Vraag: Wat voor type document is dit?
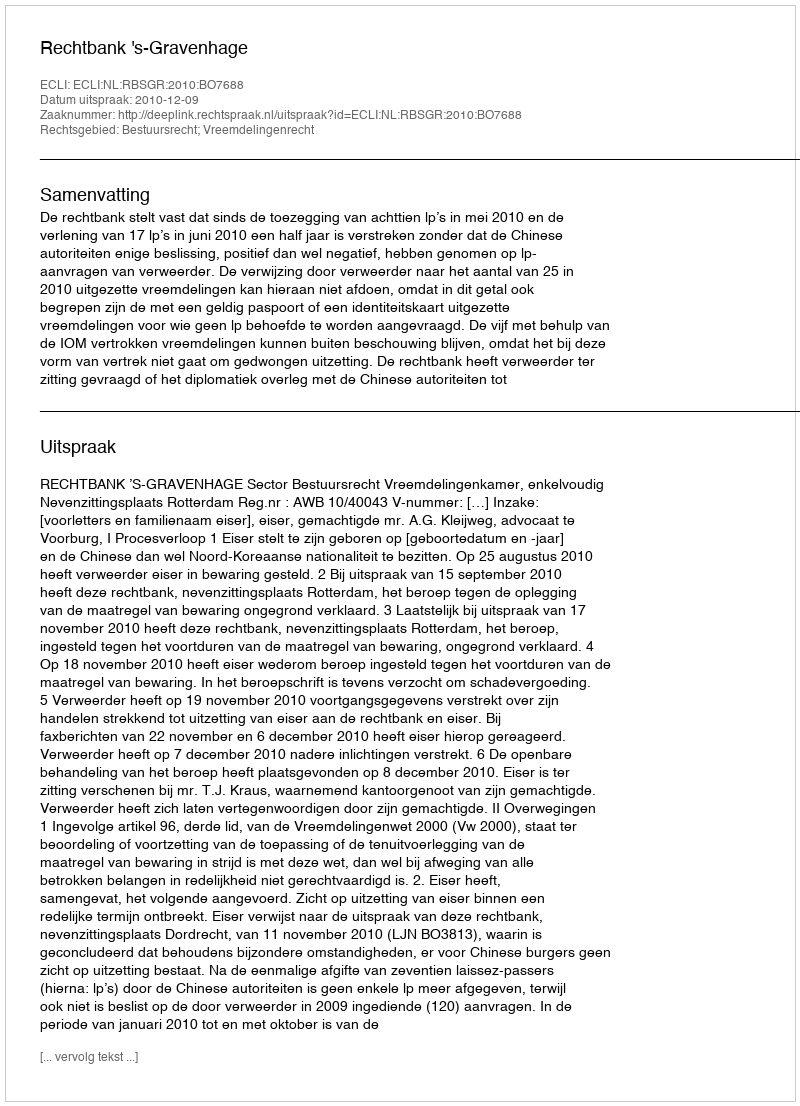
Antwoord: Uitspraak